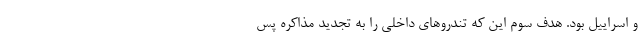
و اسراییل بود. هدف سوم این که تندروهای داخلی را به تجدید مذاکره پس